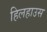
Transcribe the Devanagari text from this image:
हिलहाउस